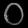
Digit: ၀